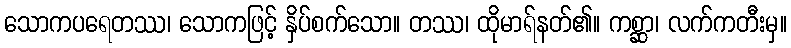
သောကပရေတဿ၊ သောကဖြင့် နှိပ်စက်သော။ တဿ၊ ထိုမာရ်နတ်၏။ ကစ္ဆာ၊ လက်ကတီးမှ။